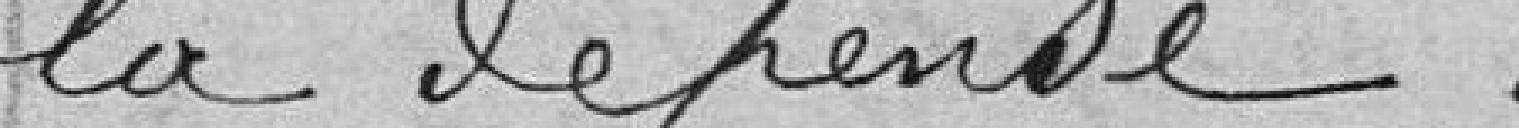
la dépense.